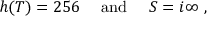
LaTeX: h ( T ) = 2 5 6 \quad \mathrm { ~ a n d ~ } \quad S = i \infty \ ,